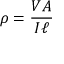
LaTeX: \rho = { \frac { V A } { I \ell } }